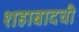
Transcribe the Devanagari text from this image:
शहाबादची